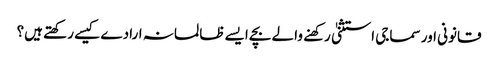
قانونی اور سماجی استثنیٰ رکهنے والے بچے ایسے ظالمانہ ارادے کیسے رکھتے ہیں؟